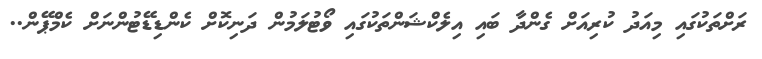
ރަށްތަކުގައި މިއަދު ކުރިއަށް ގެންދާ ބައި އިލެކްޝަންތަކުގައި ވޯޓުލަމުން ދަނިކޮށް ކެންޑިޑޭޓުންނަށް ކެމްޕޭން..